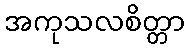
အကုသလစိတ္တာ